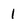
Character: I